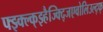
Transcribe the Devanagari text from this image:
फ्झ्क्ल्क्झ्हैज्क्द्जिएवोलिउल्द्फ्